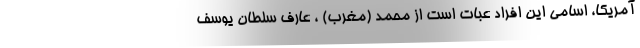
آمریکا، اسامی این افراد عبات است از محمد (مغرب) ، عارف سلطان یوسف